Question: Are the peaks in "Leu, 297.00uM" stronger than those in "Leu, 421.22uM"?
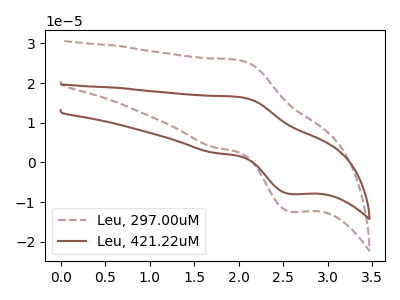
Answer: <think>The brown dashed curve "Leu, 297.00uM" has an anodic peak at (2.00V, 25.75uA) and a cathodic peak at (2.60V, -12.40uA). The brown curve "Leu, 421.22uM" has an anodic peak at (2.00V, 16.50uA) and a cathodic peak at (2.60V, -7.95uA).</think>
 <answer>Every peak in "Leu, 297.00uM" is higher than every peak in "Leu, 421.22uM".</answer>
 <eval>higher</eval>